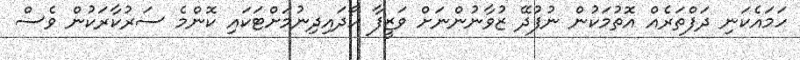
ހަމައެކަނި ދަފްތަރެއް އޮތުމަކުން ނުފުދޭ ޒުވާނުންނަށް ވަޒީފާ ހޯދައިދިނުމަށްޓަކައި ކޮންމެ ސަރުކާރަކުން ވެސް